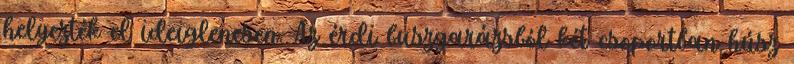
helyezték el ideiglenesen. Az érdi buszgarázsból két csoportban húsz